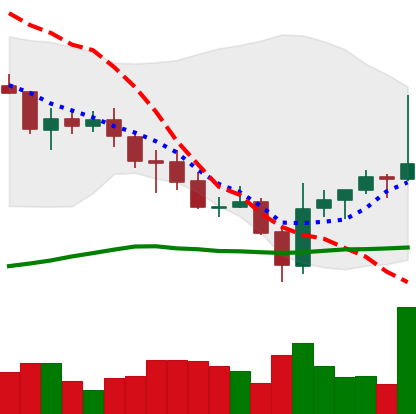
Ticker: ADA-USD
Chart end date: 2021-07-26
Forward return: 5.074%
Label: up_5_7